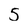
Character: 5